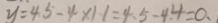
y = 4 . 5 - 4 \times 1 1 = 4 . 5 - 4 . 4 = 0 .